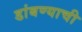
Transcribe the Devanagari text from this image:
डांबण्याची